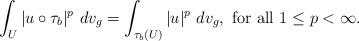
LaTeX: \begin{align*} \int_{U} |u \circ \tau_b|^p \ dv_g = \int_{\tau_b(U)} |u|^p \ dv_g, \ \mbox{for all} \ 1 \leq p < \infty. \end{align*}